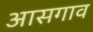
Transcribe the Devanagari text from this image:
आसगाव